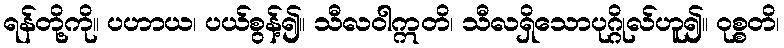
ရန်တို့ကို။ ပဟာယ၊ ပယ်စွန့်၍။ သီလဝါဣတိ၊ သီလရှိသောပုဂ္ဂိုလ်ဟူ၍။ ဝုစ္စတိ၊